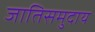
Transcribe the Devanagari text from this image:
जातिसमुदाय